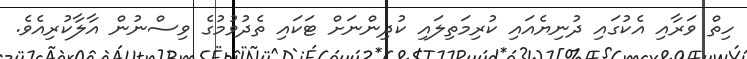
ހިތް ވަރާއި އެކުގައި ދުނިޔެއައި ކުރިމަތިލައި ކުދިންނަށް ޓަކައި ތެދުވުމުގެ ވިސްނުން އާލާކުރިއެވެ.